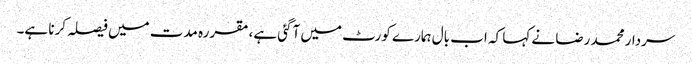
سردار محمد رضا نے کہا کہ اب بال ہمارے کورٹ میں آگئی ہے، مقررہ مدت میں فیصلہ کرنا ہے۔